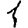
Digit: 1